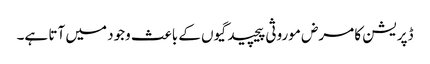
ڈپریشن کا مرض موروثی پیچیدگیوں کے باعث وجود میں آتا ہے۔